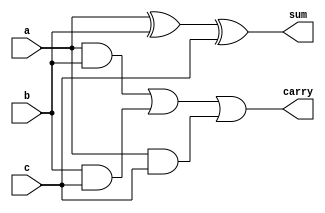
`timescale 1ns / 1ps
//////////////////////////////////////////////////////////////////////////////////
// Company: 
// Engineer: 
// 
// Design Name: 
// Module Name:    fa 
// Project Name: 
// Target Devices: 
// Tool versions: 
// Description: 
//
// Dependencies: 
//
// Revision: 
// Revision 0.01 - File Created
// Additional Comments: 
//
//////////////////////////////////////////////////////////////////////////////////
module fa(a,b,c,sum,carry);
  input  a,b,c;
  output sum,carry;

  assign sum = a^b^c;
  assign carry = (a&b)|(b&c)|(a&c);
endmodule

module mux(input s,i0,i1, output reg y);
  always@(*)
    begin
    if(s == 1)
      y = i1;
    else
      y = i0;
    end
endmodule

module process_unit(a,b,cin,sum,sel,cout,muxout);
  input a,b,cin,sel;
  output cout,muxout;
  output sum;

  fa FA1(.a(a),.b(~b),.c(cin),.sum(sum),.carry(cout));
  mux MX(.s(sel),.i0(sum),.i1(a),.y(muxout));

endmodule

module bit4_divider(A,B,Q,R);
  input [3:0]A,B;
  output [3:0]Q,R;
  wire w1,w2,w3,w4;
  wire d1,d2,d3,d4,d5,d6,d7,d8,d9,d10,d11,d12;
  wire y1,y2,y3,y4,y5,y6,y7,y8,y9,y10,y11,y12,y13,y14,y15,y16;
  wire [11:0]op;


  process_unit PU0(A[3],B[0],1'b1,d1,w1,y1,op[0]);
  process_unit PU1(1'b0,B[1],y1,d2,w1,y2,op[1]);
  process_unit PU2(1'b0,B[2],y2,d3,w1,y3,op[2]);
  process_unit PU3(1'b0,B[3],y3,w1,w1,y4,op[3]);

  assign Q[3]=~w1;


  process_unit PU4(A[2],B[0],1'b1,d4,w2,y5,op[4]);
  process_unit PU5(op[0],B[1],y5,d5,w2,y6,op[5]);
  process_unit PU6(op[1],B[2],y6,d6,w2,y7,op[6]);
  process_unit PU7(op[2],B[3],y7,w2,w2,y8,op[7]);

  assign Q[2]=~w2;


  process_unit PU8(A[1],B[0],1'b1,d7,w3,y9,op[8]);
  process_unit PU9(op[4],B[1],y9,d8,w3,y10,op[9]);
  process_unit PU10(op[5],B[2],y10,d9,w3,y11,op[10]);
  process_unit P11(op[6],B[3],y11,w3,w3,y12,op[11]);

  assign Q[1]=~w3;


  process_unit PU12(A[0],B[0],1'b1,d10,w4,y13,R[0]);
  process_unit PU13(op[8],B[1],y13,d11,w4,y14,R[1]);
  process_unit PU14(op[9],B[2],y14,d12,w4,y15,R[2]);
  process_unit PU15(op[10],B[3],y15,w4,w4,y16,R[3]);

  assign Q[0]=~w4;


endmodule